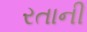
રતાની